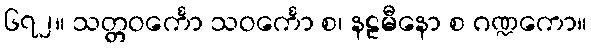
၆၇၂။ သတ္တဝင်္ကော သဝင်္ကော စ၊ နဠမီနော စ ဂဏ္ဍကော။